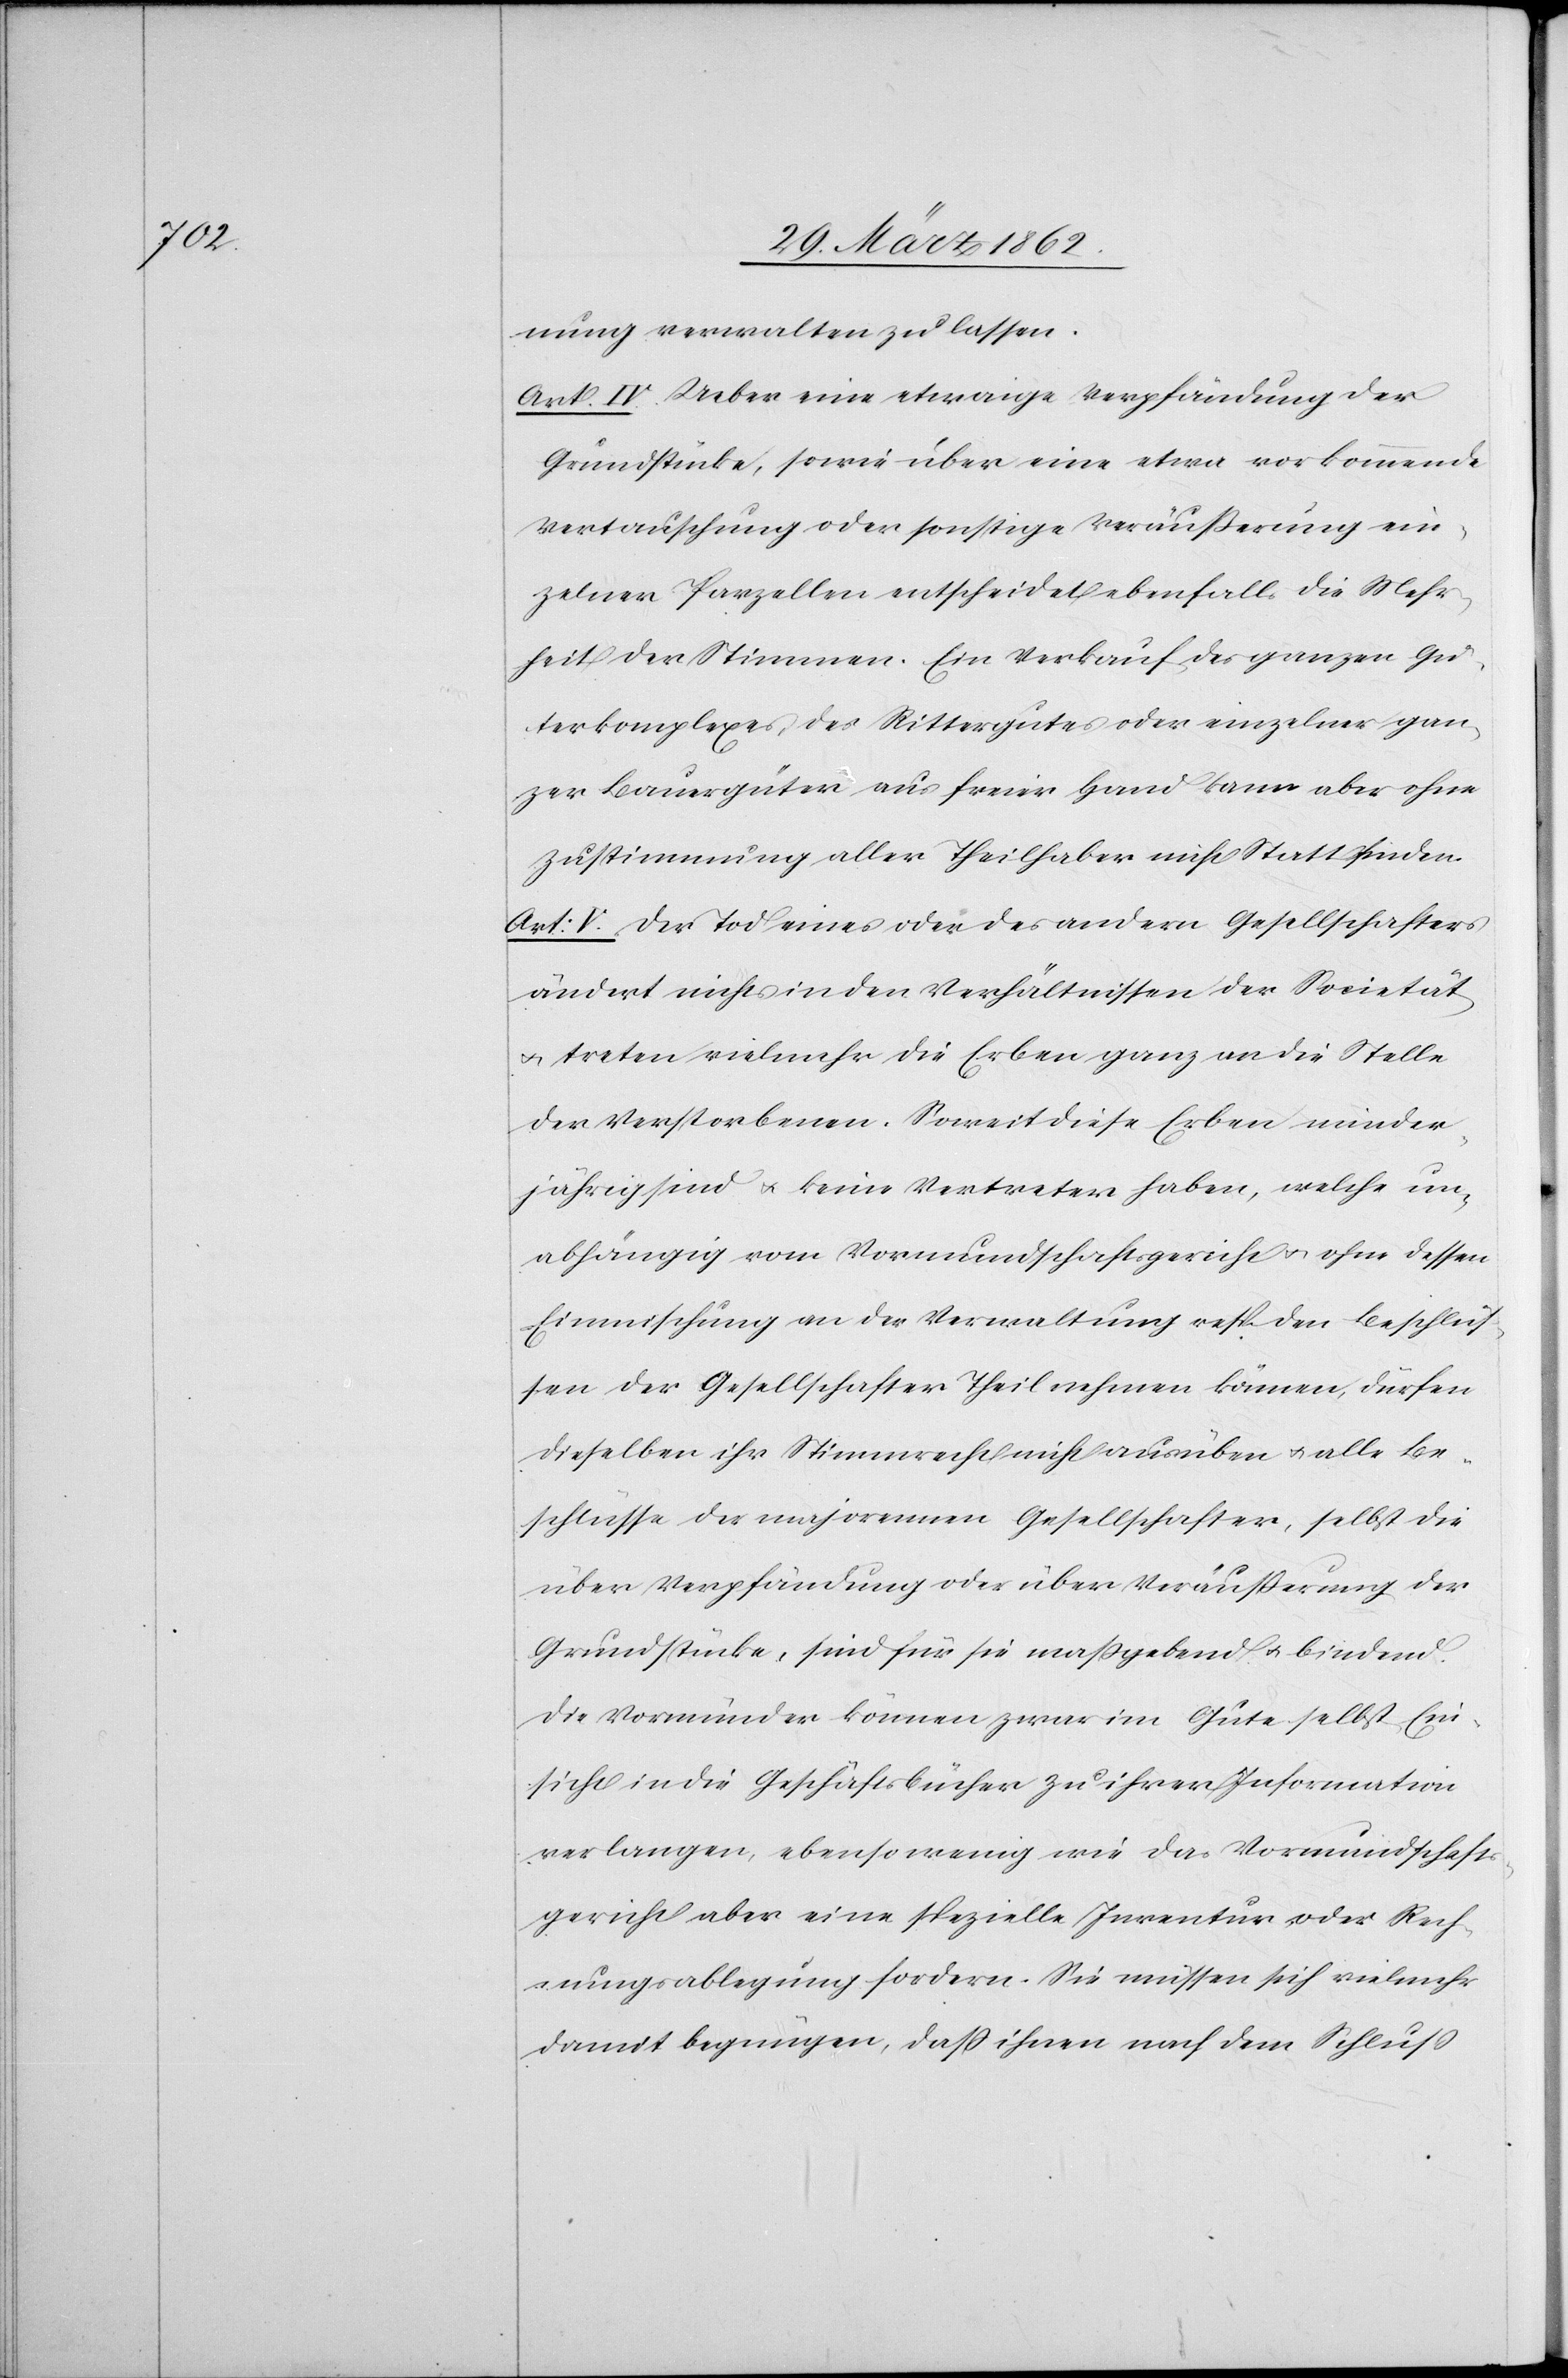
nung verwalten zu lassen.
Art. IV. Ueber eine etwaige Verpfändung der
Grundstücke, sowie über eine etwa vorkommende
Vertauschung oder sonstige Veräußerung ein¬
zelner Parzellen entscheidet ebenfalls die Mehr¬
heit der Stimmen. Ein Verkauf des ganzen Gü¬
terkomplexes, des Rittergutes oder einzelner gan¬
zer Baumgärten aus freier Hand kann aber ohne
Zustimmung aller Theilhaber nicht Statt finden.
Art: V. Der Tod eines oder des andern Gesellschafters
ändert nichts in den Verhältnissen der Societät
u. treten vielmehr die Erben ganz an die Stelle
der Verstorbenen. Soweit diese Erben minder¬
jährig sind u. keine Vertreter haben, welche un¬
abhängig vom Vormundschaftsgericht u. ohne dessen
Einmischung an der Verwaltung resp. den Beschlüs¬
sen der Gesellschafter Theil nehmen können, dürfen
dieselben ihr Stimmrecht nicht ausüben u. alle Be¬
schlüsse der majorennen Gesellschafter, selbst die
über Verpfändung oder über Veräußerung der
Grundstücke, sind für sie maßgebend u. bindend.
Die Vormünder können zwar im Gute selbst Ein¬
sicht in die Geschäftsbücher zu ihrer Information
verlangen, ebenso wenig wie das Vormundschafts¬
gericht aber eine spezielle Inventur oder Rech¬
nungsablegung fordern. Sie müssen sich vielmehr
damit begnügen, daß ihnen nach dem Schluß